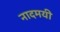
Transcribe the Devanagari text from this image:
नादमयी